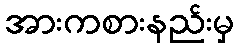
အားကစားနည်းမှ